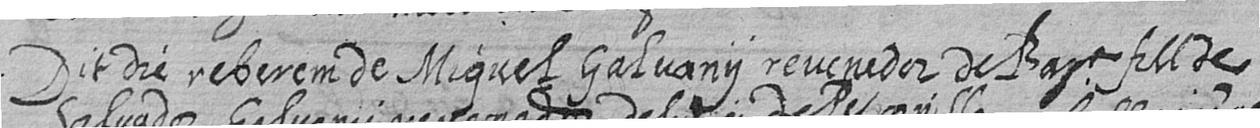
Dit die reberem de Miquel Galvany revenedor de Bara fill de